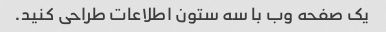
یک صفحه وب با سه ستون اطلاعات طراحی کنید.